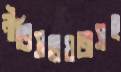
নীতিসহায়তাসহ